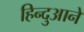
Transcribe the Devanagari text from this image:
हिन्दुआने